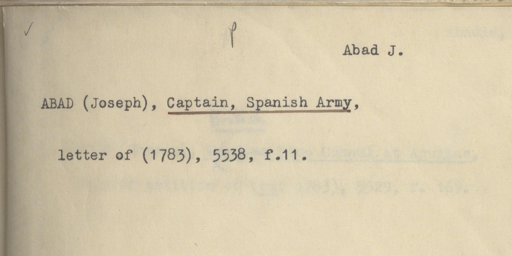
Label: content